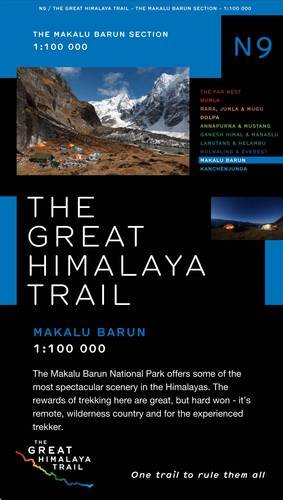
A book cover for The Great Himalaya Trail N9: The Makalu Barun Section; Travel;